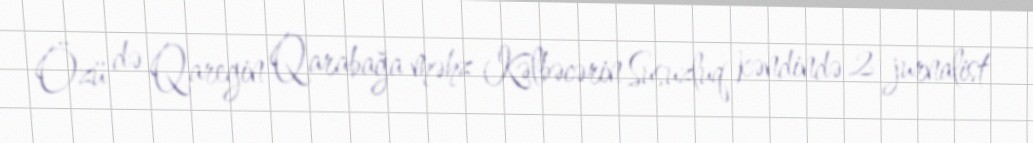
Özü də Qaregin Qarabağa məhz Kəlbəcərin Susuzluq kəndində 2 jurnalist